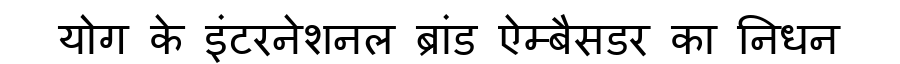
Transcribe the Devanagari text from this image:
योग के इंटरनेशनल ब्रांड ऐम्बैसडर का निधन